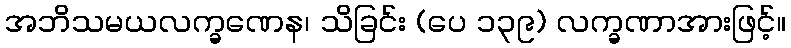
အဘိသမယလက္ခဏေန၊ သိခြင်း (ပေ ၁၃၉) လက္ခဏာအားဖြင့်။